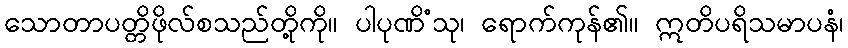
သောတာပတ္တိဖိုလ်စသည်တို့ကို။ ပါပုဏိံသု၊ ရောက်ကုန်၏။ ဣတိပရိသမာပနံ၊